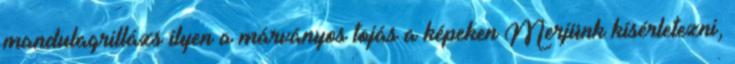
mandulagrillázs ilyen a márványos tojás a képeken Merjünk kísérletezni,